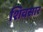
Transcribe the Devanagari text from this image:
शिवसार